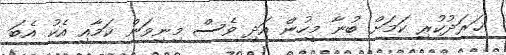
ޚަރަދުކުރި ކަމަށް ބުނާ މީހުން އަދި ވެސް މިނިވަން ކަމާއި އެކު އެބަ